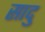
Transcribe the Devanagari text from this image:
सादु